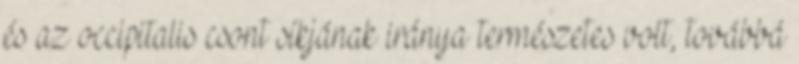
és az occipitalis csont síkjának iránya természetes volt, továbbá